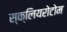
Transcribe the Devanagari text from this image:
स्क्लियरोटोम